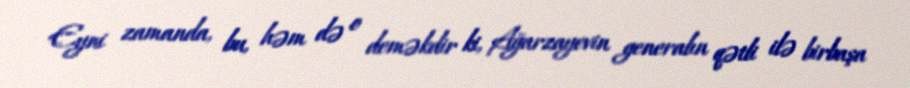
Eyni zamanda, bu, həm də o deməkdir ki, Ağarzayevin generalın qətli ilə birbaşa